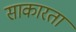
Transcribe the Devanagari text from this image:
साकारता